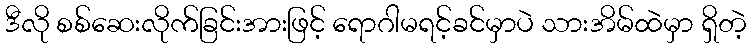
ဒီလို စစ်ဆေးလိုက်ခြင်းအားဖြင့် ရောဂါမရင့်ခင်မှာပဲ သားအိမ်ထဲမှာ ရှိတဲ့